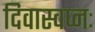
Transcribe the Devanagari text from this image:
दिवास्वप्नः